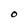
Character: O